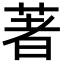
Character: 著